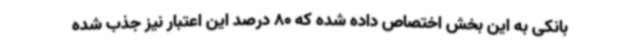
بانکی به این بخش اختصاص داده شده که 80 درصد این اعتبار نیز جذب شده